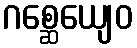
ဂစ္ဆေယျေဝ